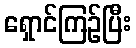
ရှောင်ကြဉ်ပြီး